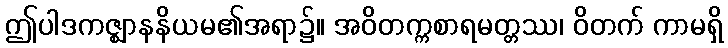
ဤပါဒကဇ္ဈာနနိယမ၏အရာ၌။ အဝိတက္ကစာရမတ္တဿ၊ ဝိတက် ကာမရှိ